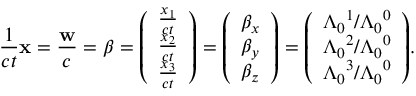
{ \frac { 1 } { c t } } \mathbf { x } = { \frac { \mathbf { w } } { c } } = { \boldsymbol { \beta } } = { \left( \begin{array} { l } { { \frac { x _ { 1 } } { c t } } } \\ { { \frac { x _ { 2 } } { c t } } } \\ { { \frac { x _ { 3 } } { c t } } } \end{array} \right) } = { \left( \begin{array} { l } { \beta _ { x } } \\ { \beta _ { y } } \\ { \beta _ { z } } \end{array} \right) } = { \left( \begin{array} { l } { { \Lambda _ { 0 } } ^ { 1 } / { \Lambda _ { 0 } } ^ { 0 } } \\ { { \Lambda _ { 0 } } ^ { 2 } / { \Lambda _ { 0 } } ^ { 0 } } \\ { { \Lambda _ { 0 } } ^ { 3 } / { \Lambda _ { 0 } } ^ { 0 } } \end{array} \right) } .